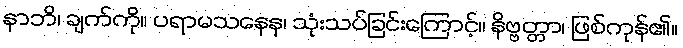
နာဘိ၊ ချက်ကို။ ပရာမသနေန၊ သုံးသပ်ခြင်းကြောင့်။ နိဗ္ဗတ္တာ၊ ဖြစ်ကုန်၏။